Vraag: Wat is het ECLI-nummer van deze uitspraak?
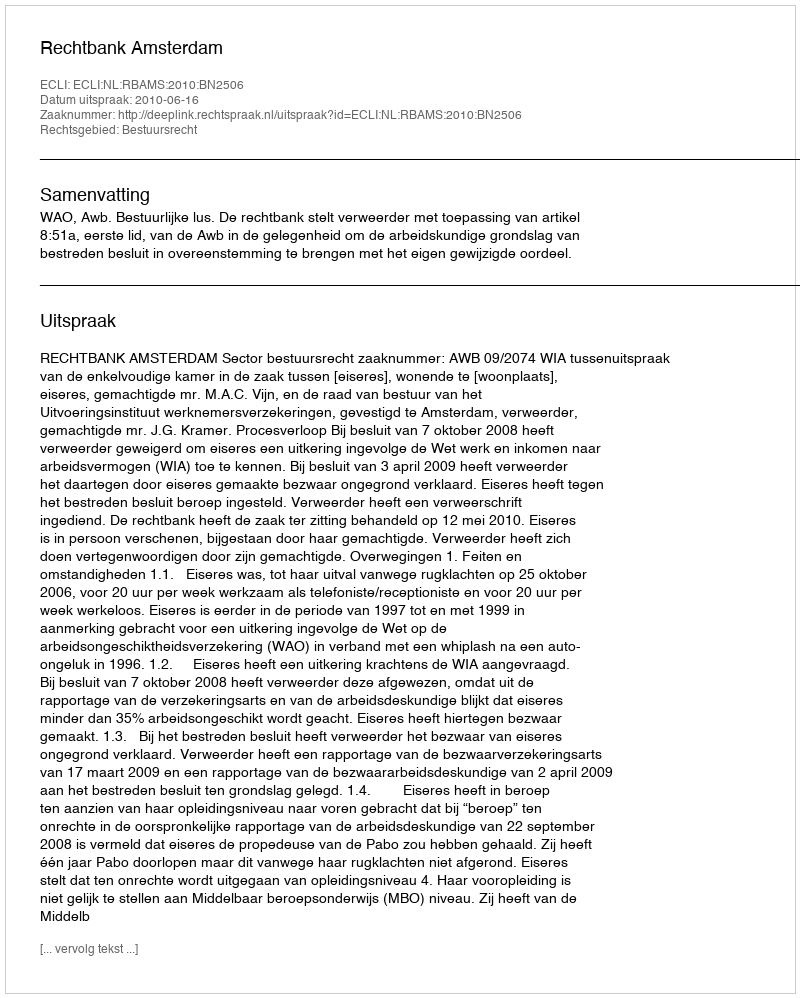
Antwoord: ECLI:NL:RBAMS:2010:BN2506